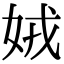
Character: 娀